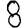
Digit: 8